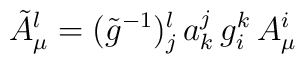
\tilde{A}^l_\mu=(\tilde{g}^{-1}){}^l_j\,a^j_k\,g^k_i\,A^i_\mu